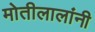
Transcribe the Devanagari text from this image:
मोतीलालांनी